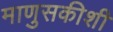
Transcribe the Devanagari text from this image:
माणुसकीशी